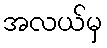
အလယ်မှ